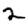
Digit: 2